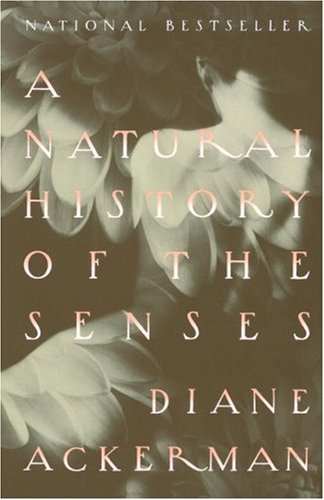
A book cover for A Natural History of the Senses; Diane Ackerman; Science & Math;